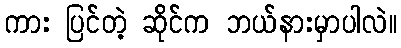
ကား ပြင်တဲ့ ဆိုင်က ဘယ်နားမှာပါလဲ။